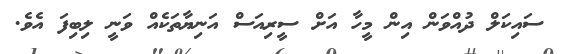
ސައިކަލް ދުއްވަން އިން މީހާ އަށް ސީރިއަސް އަނިޔާތަކެއް ވަނީ ލިބިފަ އެވެ.